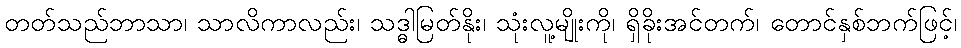
တတ်သည်ဘာသာ၊ သာလိကာလည်း၊ သဒ္ဓါမြတ်နိုး၊ သုံးလူ့မျိုးကို၊ ရှိခိုးအင်တက်၊ တောင်နှစ်ဘက်ဖြင့်၊